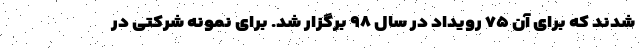
شدند که برای آن ۷۵ رویداد در سال ۹۸ برگزار شد. برای نمونه شرکتی در